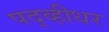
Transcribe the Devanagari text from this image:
पद्व्हीधर